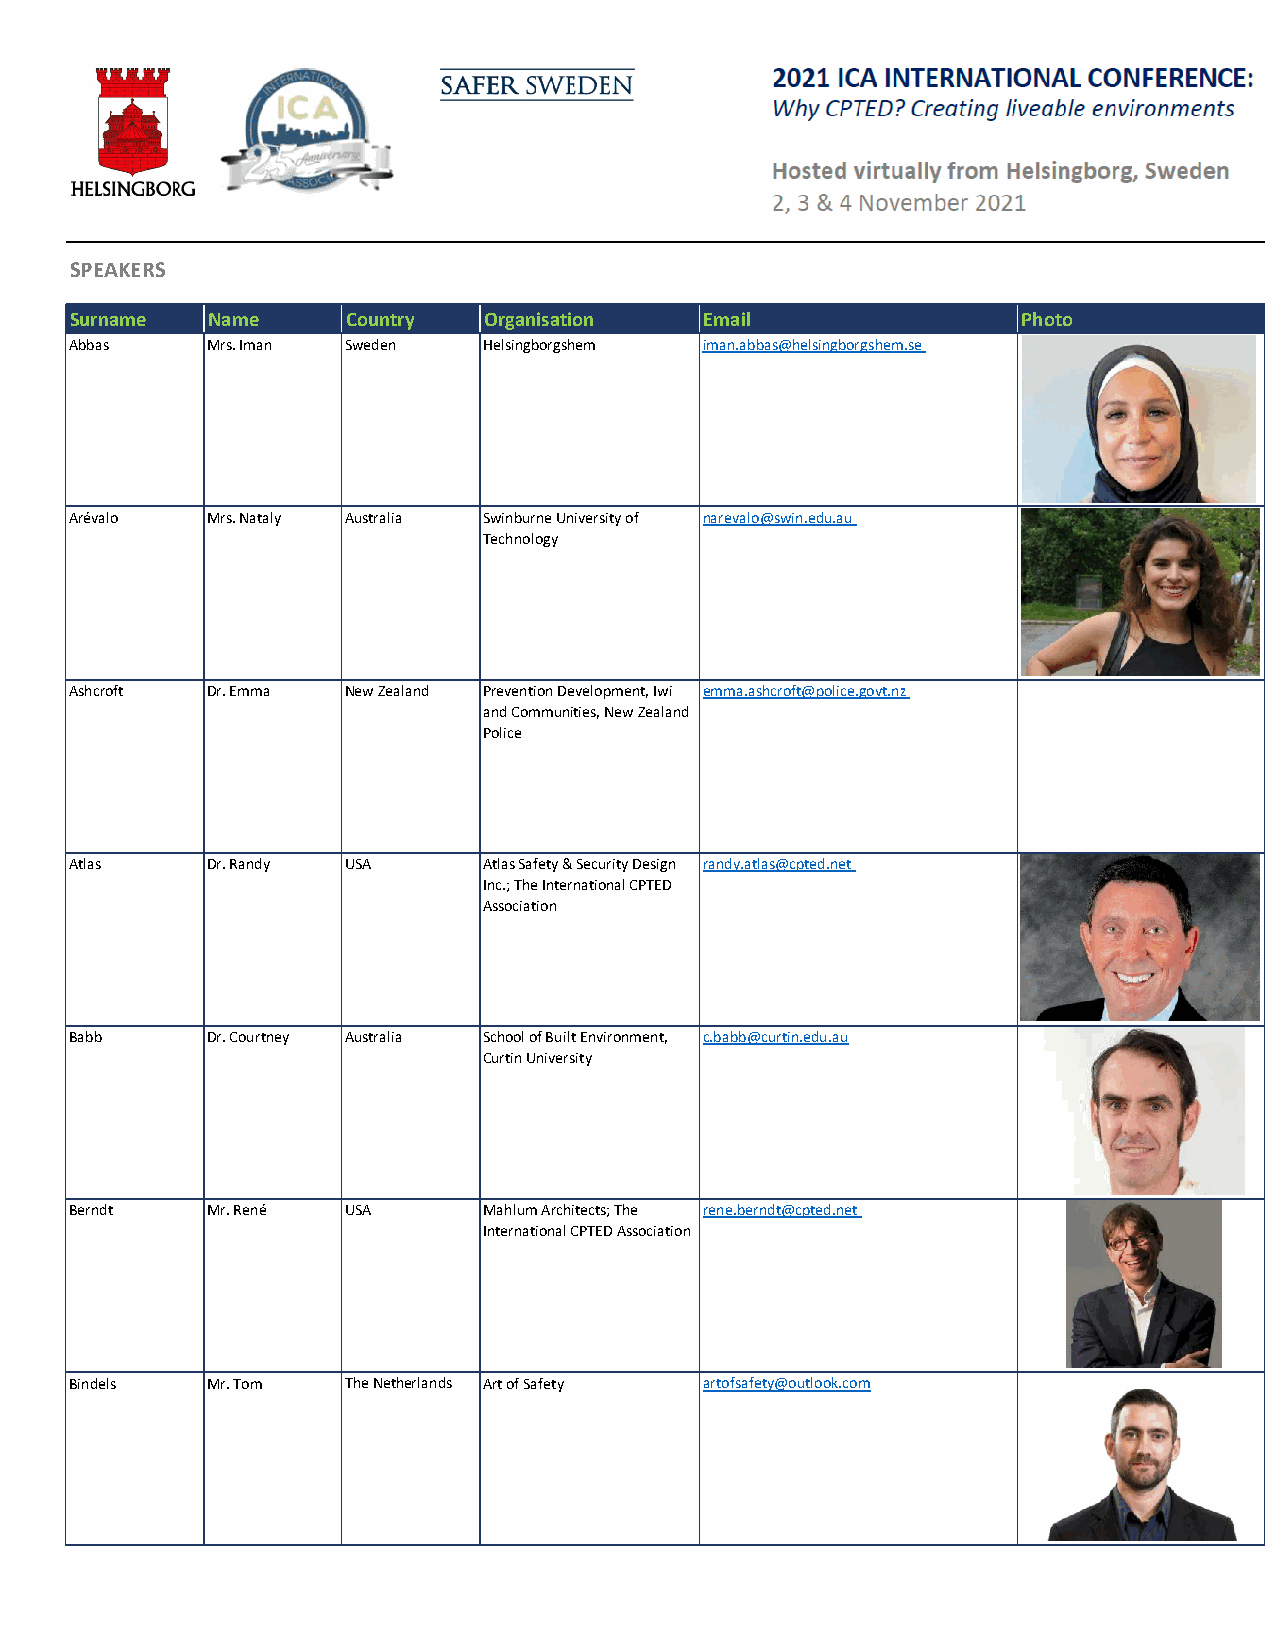
SPEAKERS
 Surname  Name     Country  Organisation   Email                Photo
 Abbas    Mrs. Iman Sweden  Helsingborgshem iman.abbas@helsingborgshem.se
 Arévalo  Mrs. Nataly Australia Swinburne University of narevalo@swin.edu.au
 Technology
 Ashcroft Dr. Emma New Zealand Prevention Development, Iwi emma.ashcroft@police.govt.nz
 and Communities, New Zealand
 Police
 Atlas    Dr. Randy USA     Atlas Safety & Security Design randy.atlas@cpted.net
 Inc.; The International CPTED
 Association
 Babb     Dr. Courtney Australia School of Built Environment, c.babb@curtin.edu.au
 Curtin University
 Berndt   Mr. René USA      Mahlum Architects; The rene.berndt@cpted.net
 International CPTED Association
 Bindels  Mr. Tom  The Netherlands Art of Safety artofsafety@outlook.com